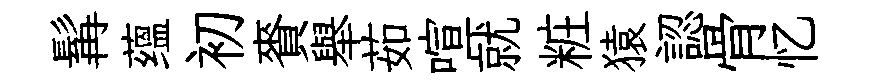
髯蕴初賚舉茹喧就粧猿認骨忆